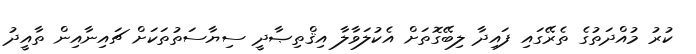
ކުރު މުއްދަތުގެ ތެރޭގައި ފައިދާ ލިބޭގޮތަށް އެކުލަވާލާ އިޤްތިޞާދީ ސިޔާސަތުތަކަށް ޗައިނާއިން ތާއީދު